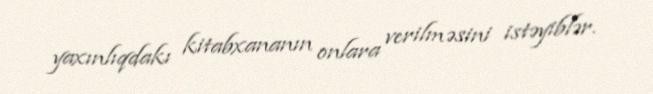
yaxınlıqdakı kitabxananın onlara verilməsini istəyiblər.